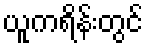
ယူကရိန်းတွင်